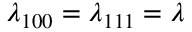
\lambda _ { 1 0 0 } = \lambda _ { 1 1 1 } = \lambda